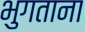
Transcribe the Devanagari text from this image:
भुगताना